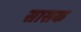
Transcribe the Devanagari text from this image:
सासक